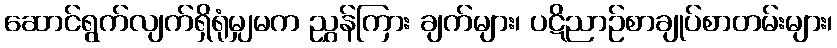
ဆောင်ရွက်လျက်ရှိရုံမျှမက ညွှန်ကြား ချက်များ၊ ပဋိညာဉ်စာချုပ်စာတမ်းများ၊